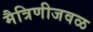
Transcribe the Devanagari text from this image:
मैत्रिणीजवळ